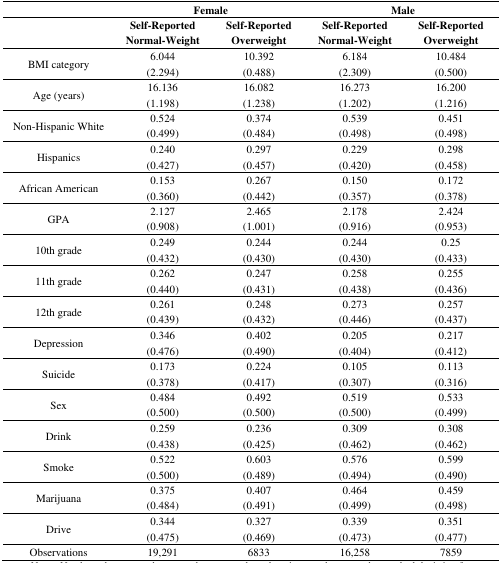
<table><thead><tr><td></td><td colspan="2"><b>Female</b></td><td colspan="2"><b>Male</b></td></tr><tr><td></td><td><b>Self-Reported Normal-Weight</b></td><td><b>Self-Reported Overweight</b></td><td><b>Self-Reported Normal-Weight</b></td><td><b>Self-Reported Overweight</b></td></tr></thead><tbody><tr><td rowspan="2">BMI category</td><td>6.044</td><td>10.392</td><td>6.184</td><td>10.484</td></tr><tr><td>(2.294)</td><td>(0.488)</td><td>(2.309)</td><td>(0.500)</td></tr><tr><td rowspan="2">Age (years)</td><td>16.136</td><td>16.082</td><td>16.273</td><td>16.200</td></tr><tr><td>(1.198)</td><td>(1.238)</td><td>(1.202)</td><td>(1.216)</td></tr><tr><td rowspan="2">Non-Hispanic White</td><td>0.524</td><td>0.374</td><td>0.539</td><td>0.451</td></tr><tr><td>(0.499)</td><td>(0.484)</td><td>(0.498)</td><td>(0.498)</td></tr><tr><td rowspan="2">Hispanics</td><td>0.240</td><td>0.297</td><td>0.229</td><td>0.298</td></tr><tr><td>(0.427)</td><td>(0.457)</td><td>(0.420)</td><td>(0.458)</td></tr><tr><td rowspan="2">African American</td><td>0.153</td><td>0.267</td><td>0.150</td><td>0.172</td></tr><tr><td>(0.360)</td><td>(0.442)</td><td>(0.357)</td><td>(0.378)</td></tr><tr><td rowspan="2">GPA</td><td>2.127</td><td>2.465</td><td>2.178</td><td>2.424</td></tr><tr><td>(0.908)</td><td>(1.001)</td><td>(0.916)</td><td>(0.953)</td></tr><tr><td rowspan="2">10th grade</td><td>0.249</td><td>0.244</td><td>0.244</td><td>0.25</td></tr><tr><td>(0.432)</td><td>(0.430)</td><td>(0.430)</td><td>(0.433)</td></tr><tr><td rowspan="2">11th grade</td><td>0.262</td><td>0.247</td><td>0.258</td><td>0.255</td></tr><tr><td>(0.440)</td><td>(0.431)</td><td>(0.438)</td><td>(0.436)</td></tr><tr><td rowspan="2">12th grade</td><td>0.261</td><td>0.248</td><td>0.273</td><td>0.257</td></tr><tr><td>(0.439)</td><td>(0.432)</td><td>(0.446)</td><td>(0.437)</td></tr><tr><td rowspan="2">Depression</td><td>0.346</td><td>0.402</td><td>0.205</td><td>0.217</td></tr><tr><td>(0.476)</td><td>(0.490)</td><td>(0.404)</td><td>(0.412)</td></tr><tr><td rowspan="2">Suicide</td><td>0.173</td><td>0.224</td><td>0.105</td><td>0.113</td></tr><tr><td>(0.378)</td><td>(0.417)</td><td>(0.307)</td><td>(0.316)</td></tr><tr><td rowspan="2">Sex</td><td>0.484</td><td>0.492</td><td>0.519</td><td>0.533</td></tr><tr><td>(0.500)</td><td>(0.500)</td><td>(0.500)</td><td>(0.499)</td></tr><tr><td rowspan="2">Drink</td><td>0.259</td><td>0.236</td><td>0.309</td><td>0.308</td></tr><tr><td>(0.438)</td><td>(0.425)</td><td>(0.462)</td><td>(0.462)</td></tr><tr><td rowspan="2">Smoke</td><td>0.522</td><td>0.603</td><td>0.576</td><td>0.599</td></tr><tr><td>(0.500)</td><td>(0.489)</td><td>(0.494)</td><td>(0.490)</td></tr><tr><td rowspan="2">Marijuana</td><td>0.375</td><td>0.407</td><td>0.464</td><td>0.459</td></tr><tr><td>(0.484)</td><td>(0.491)</td><td>(0.499)</td><td>(0.498)</td></tr><tr><td rowspan="2">Drive</td><td>0.344</td><td>0.327</td><td>0.339</td><td>0.351</td></tr><tr><td>(0.475)</td><td>(0.469)</td><td>(0.473)</td><td>(0.477)</td></tr><tr><td>Observations</td><td>19,291</td><td>6833</td><td>16,258</td><td>7859</td></tr></tbody></table>